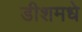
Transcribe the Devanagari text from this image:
डीशमधे